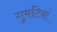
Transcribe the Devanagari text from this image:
गुमटियां